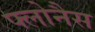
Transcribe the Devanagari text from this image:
फ्लोनैस